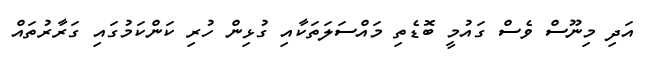
އަދި މިނޫސް ވެސް ގައުމީ ބޮޑެތި މައްސަލަތަކާއި ގުޅިން ހުރި ކަންކަމުގައި ގަރާރުތައް